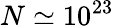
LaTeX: N\simeq 10^{23}